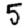
Digit: 5